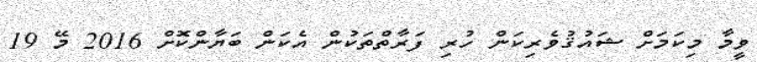
ވީމާ މިކަމަށް ޝައުޤުވެރިކަން ހުރި ފަރާތްތަކުން އެކަން ބަޔާންކޮށް 2016 މޭ 19